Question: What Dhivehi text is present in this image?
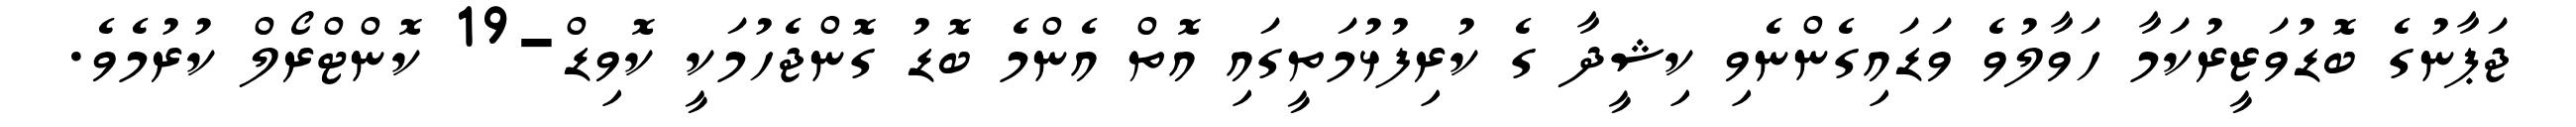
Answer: ޖަޕާނުގެ ބޮޑުވަޒީރުކަމާ ހަވާލުވެ ވަޑައިގެންނެވި ކިޝީދާ ގެ ކުރިފުޅުމަތީގައި އޮތް އެންމެ ބޮޑު ގޮންޖެހުމަކީ ކޮވިޑް-19 ކޮންޓްރޯލް ކުރުމެވެ.